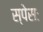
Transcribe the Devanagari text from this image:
स्पेसः